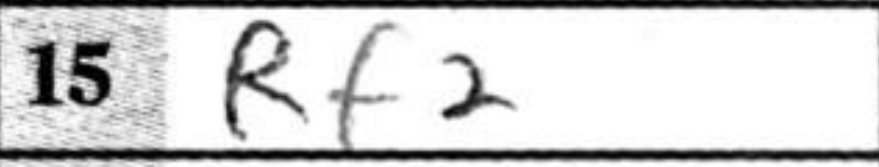
Transcription: Rf2